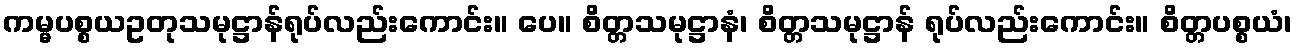
ကမ္မပစ္စယဥတုသမုဋ္ဌာန်ရုပ်လည်းကောင်း။ ပေ။ စိတ္တသမုဋ္ဌာနံ၊ စိတ္တသမုဋ္ဌာန် ရုပ်လည်းကောင်း။ စိတ္တပစ္စယံ၊